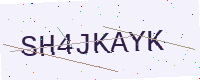
Text: SH4JKAYK